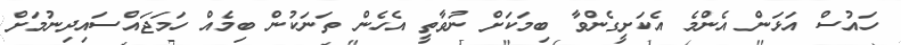
ހައުސް އަޅަން އެންމެ އެކަށީގެންވާ ބިމަކަށް ނުވާތީ އެހެން ތަނަކުން ބިމެއް ހަމަޖައްސައިދިނުމަށް